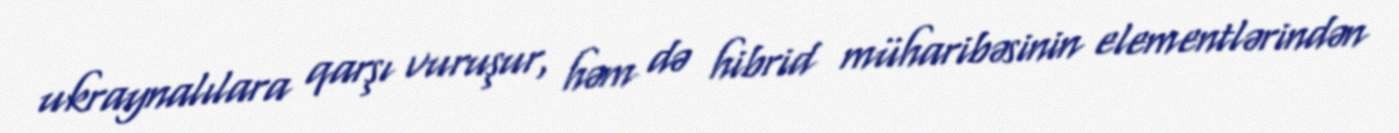
ukraynalılara qarşı vuruşur, həm də hibrid müharibəsinin elementlərindən